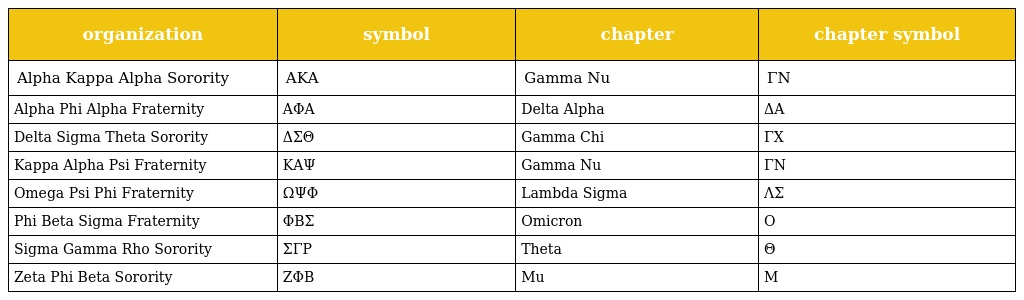
| organization | symbol | chapter | chapter symbol |
 | --- | --- | --- | --- |
 | Alpha Kappa Alpha Sorority | ΑΚΑ | Gamma Nu | ΓΝ |
 | Alpha Phi Alpha Fraternity | ΑΦA | Delta Alpha | ΔΑ |
 | Delta Sigma Theta Sorority | ΔΣΘ | Gamma Chi | ΓΧ |
 | Kappa Alpha Psi Fraternity | ΚΑΨ | Gamma Nu | ΓΝ |
 | Omega Psi Phi Fraternity | ΩΨΦ | Lambda Sigma | ΛΣ |
 | Phi Beta Sigma Fraternity | ΦΒΣ | Omicron | Ο |
 | Sigma Gamma Rho Sorority | ΣΓΡ | Theta | Θ |
 | Zeta Phi Beta Sorority | ΖΦΒ | Mu | Μ |